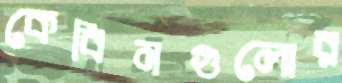
কেবিনগুলোর